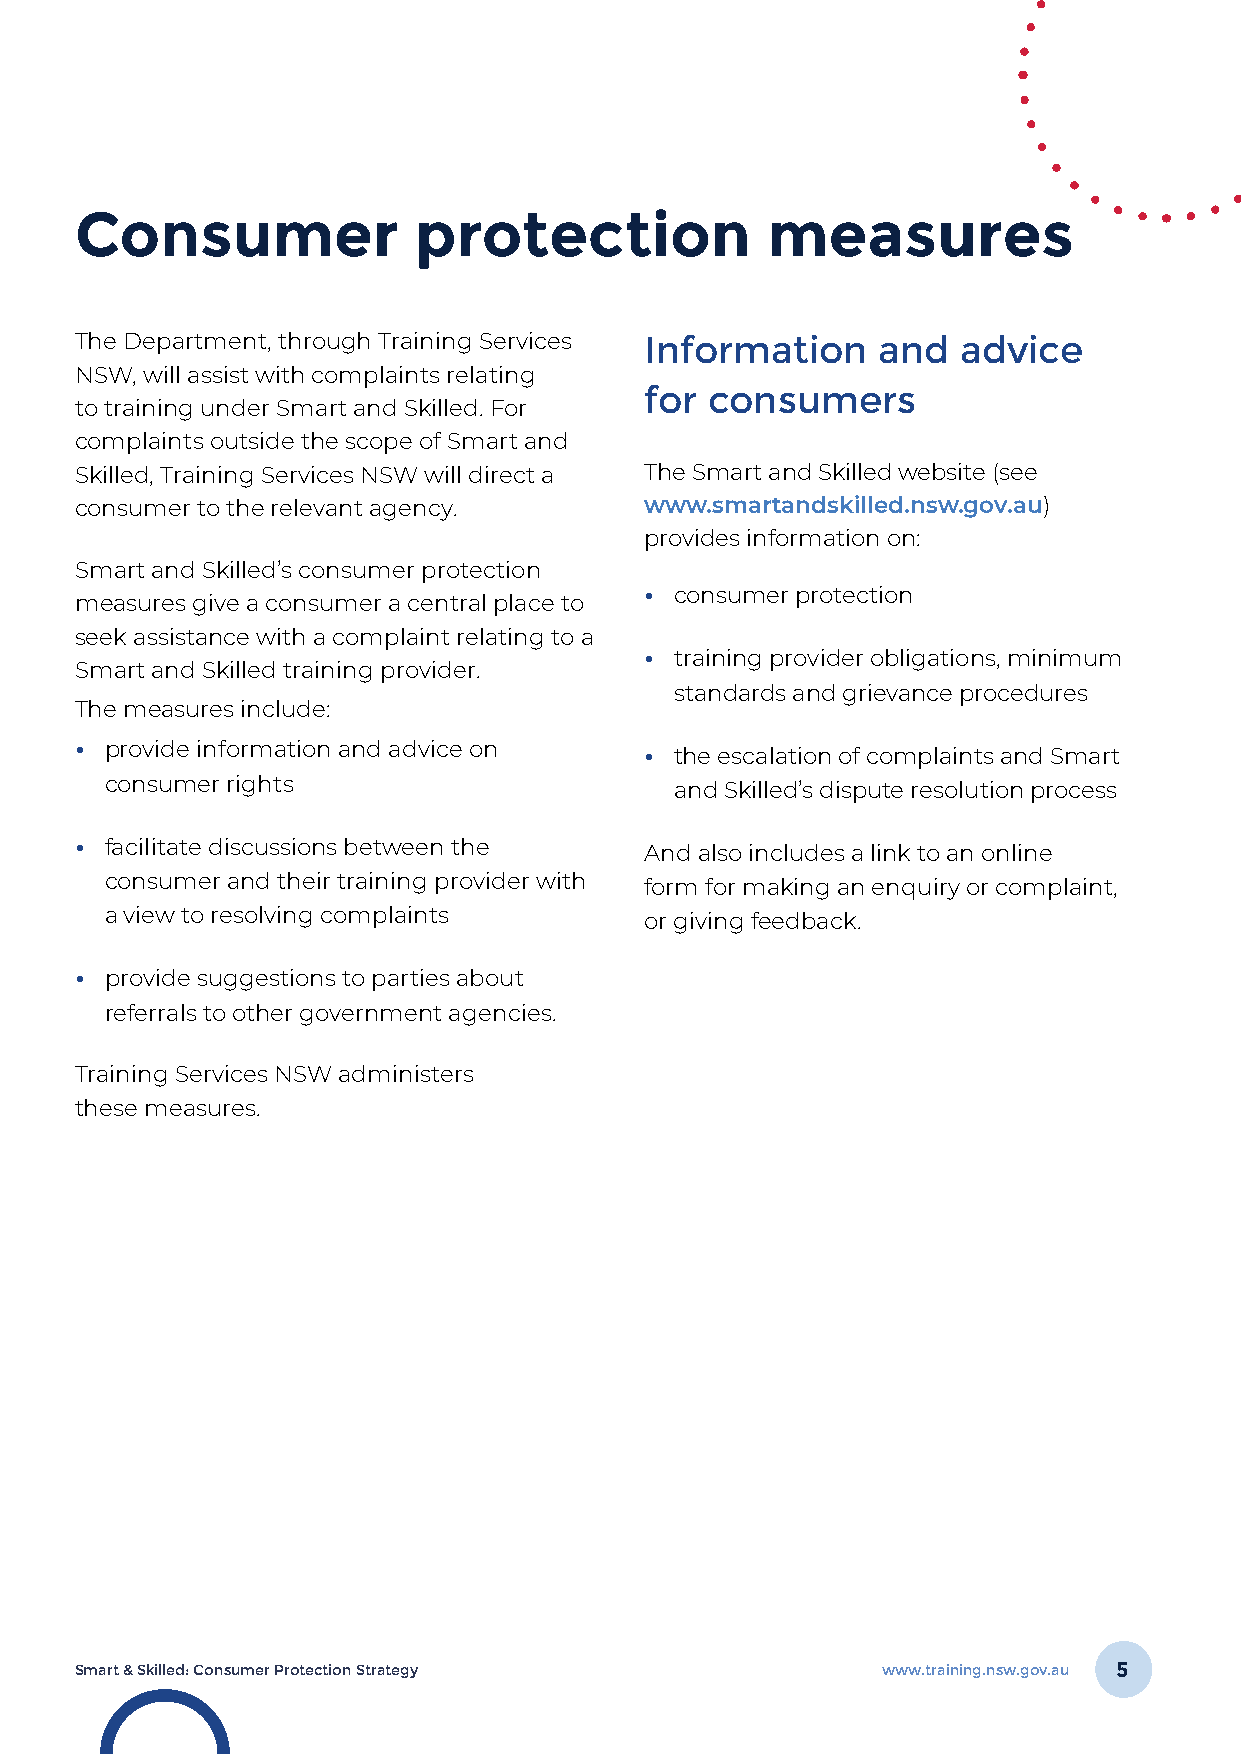
Consumer              protection              measures
 The Department, through Training Services Information and advice
 NSW, will assist with complaints relating
 for consumers
 to training under Smart and Skilled. For
 complaints outside the scope of Smart and
 Skilled, Training Services NSW will direct a The Smart and Skilled website (see
 consumer to the relevant agency.      www.smartandskilled.nsw.gov.au)
 provides information on:
 Smart and Skilled’s consumer protection
 • consumer protection
 measures give a consumer a central place to
 seek assistance with a complaint relating to a
 • training provider obligations, minimum
 Smart and Skilled training provider.
 standards and grievance procedures
 The measures include:
 • provide information and advice on   • the escalation of complaints and Smart
 consumer rights                       and Skilled’s dispute resolution process
 • facilitate discussions between the  And also includes a link to an online
 consumer and their training provider with form for making an enquiry or complaint,
 a view to resolving complaints      or giving feedback.
 • provide suggestions to parties about
 referrals to other government agencies.
 Training Services NSW administers
 these measures.
 Smart & Skilled: Consumer Protection Strategy        www.training.nsw.gov.au 5